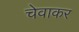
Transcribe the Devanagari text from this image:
चेवाकर